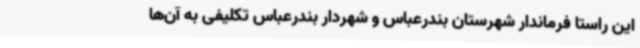
این راستا فرماندار شهرستان بندرعباس و شهردار بندرعباس تکلیفی به آن‌ها